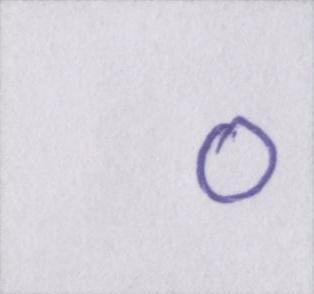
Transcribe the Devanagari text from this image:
०